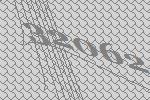
32062